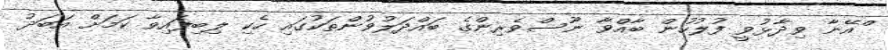
ްއޭނާ ވިދާޅުވީ ފުލުހުން ބާއްވާ ނޫސްވެރިންގެ ބައްދަލުވުންތަކުގައި ހެކި ލިބިފައިވާ ކަމަށް އަބަދު